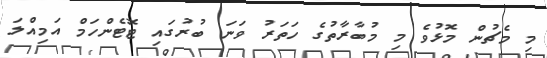
މި މެޗުން މޮޅުވެ މި މުބާރާތުގެ ހަތަރު ވަނަ ބުރުގައި ޓޮޓެންހަމް އަމިއްލަ